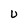
Character: U